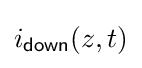
i_{\mathsf {down}}(z,t)